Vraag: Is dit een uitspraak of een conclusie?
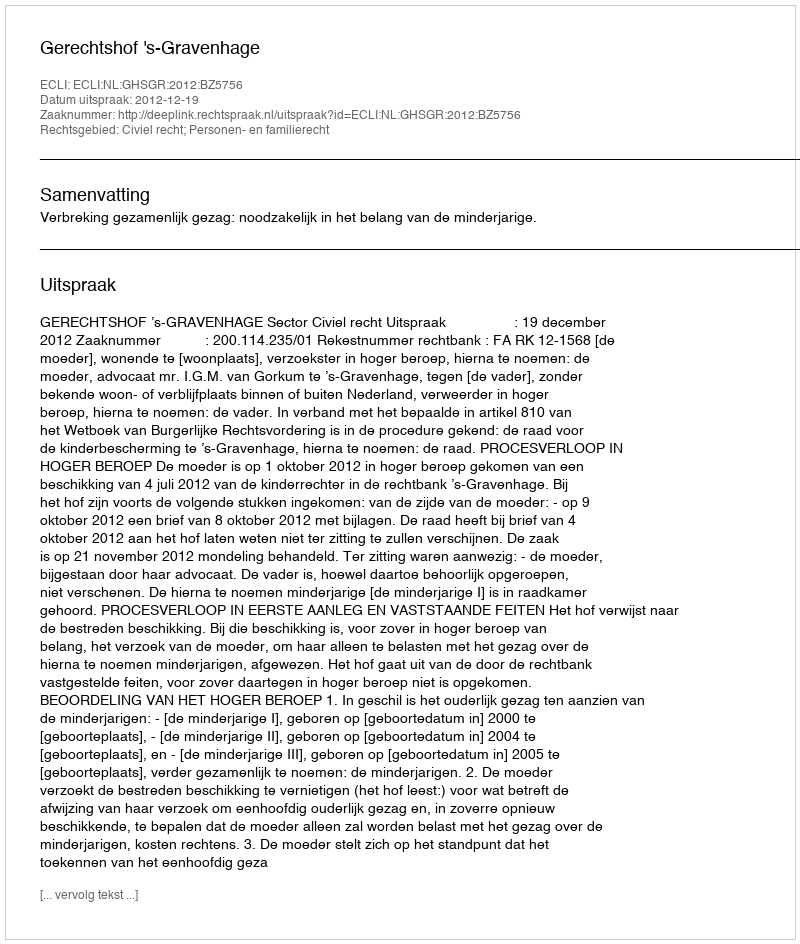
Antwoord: Uitspraak